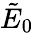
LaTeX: \tilde{E}_{0}